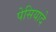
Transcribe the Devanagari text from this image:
पेसियादे